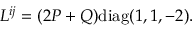
L ^ { i j } = ( 2 P + Q ) \mathrm { d i a g } ( 1 , 1 , - 2 ) .